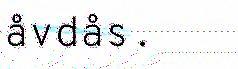
åvdås.